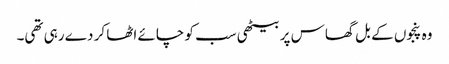
وہ پنجوں کے بل گھاس پر بیٹھی سب کو چائے اٹھا کر دے رہی تھی۔